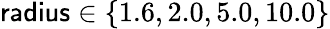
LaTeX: \mathsf{radius}\in\{ 1.6,2.0,5.0,10.0\}